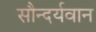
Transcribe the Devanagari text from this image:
सौन्दर्यवान